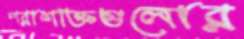
পরাশক্তিগুলোর